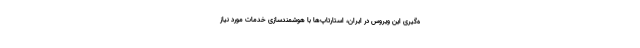
ه‌گیری این ویروس در ایران، استارتاپ‌ها با هوشمندسازی خدمات مورد نیاز